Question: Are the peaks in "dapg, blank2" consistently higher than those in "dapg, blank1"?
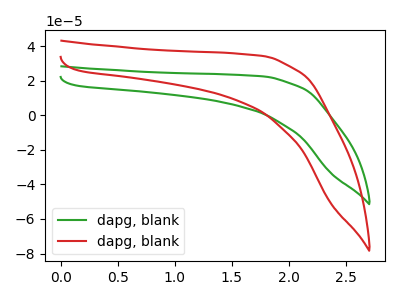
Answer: <think>The green curve "dapg, blank1" has no peaks. The red curve "dapg, blank2" has no peaks.</think>
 <answer>Niether CV has any peaks.</answer>
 <eval>blanks</eval>